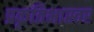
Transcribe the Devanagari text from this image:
प्रकृतिभास्वर